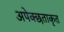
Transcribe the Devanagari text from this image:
अपेक्छताकृत